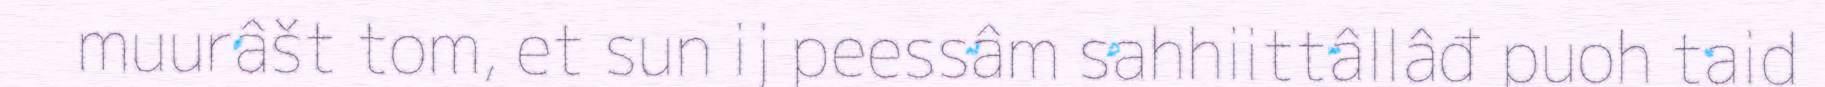
muurâšt tom, et sun ij peessâm sahhiittâllâđ puoh taid